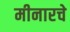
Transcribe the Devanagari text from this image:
मीनारचे